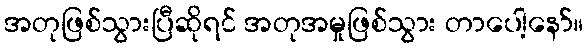
အတုဖြစ်သွားပြီဆိုရင် အတုအမှုဖြစ်သွား တာပေါ့နော်။